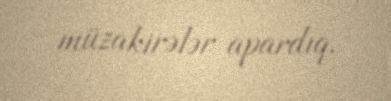
müzakirələr apardıq.